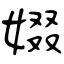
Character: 娺